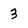
Character: 3